Annual report of the Prince of Wales Medical College, Patna
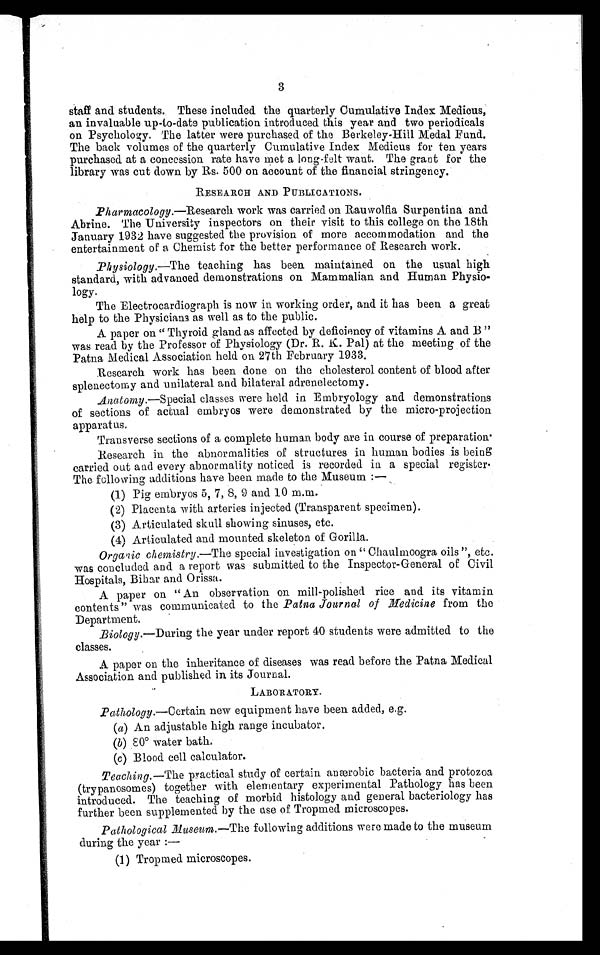
3
staff and students. These included the quarterly Cumulative Index Medicus,
an invaluable up-to-date publication introduced this year and two periodicals
on Psychology. The latter were purchased of the Berkeley-Hill Medal Fund.
The back volumes of the quarterly Cumulative Index Medicus for ten years
purchased at a concession rate have met a long-felt want. The grant for the
library was cut down by Rs. 500 on account of the financial stringency.
RESEARCH AND PUBLICATIONS.
Pharmacology.—Research work was carried on Rauwolfia Surpentina and
Abrine. The University inspectors on their visit to this college on the 18th
January 1932 have suggested the provision of more accommodation and the
entertainment of a Chemist for the better performance of Research work.
Physiology.—The teaching has been. maintained on the usual high
standard, with advanced demonstrations on Mammalian and Human Physio-
logy.
The Electrocardiograph is now in working order, and it has been a great
help to the Physicians as well as to the public.
A paper on “ Thyroid gland as affected by deficiency of vitamins A and B ”
was read by the Professor of Physiology (Dr. R. K. Pal) at the meeting of the
Patna Medical Association held on 27th February 1933.
Research work has been done on the cholesterol content of blood after
splenectomy and unilateral and bilateral adrenelectomy.
Anatomy. —Special classes were held in Embryology and demonstrations
of sections of actual embryos were demonstrated by the micro-projection
apparatus.
Transverse sections of a complete human body are in course of preparation
Research in the abnormalities of structures in human bodies is being
carried out and every abnormality noticed is recorded in a special register.
The following additions have been made to the Museum:—
(1) Pig embryos 5, 7, 8, 9 and 10 m.m.
(2) Placenta with arteries injected (Transparent specimen).
(3) Articulated skull showing sinuses, etc.
(4) Articulated and mounted skeleton of Gorilla.
Organic chemistry.—The special investigation on “ Chaulmoogra oils ”, etc.
was concluded and a report was submitted to the Inspector-General of Civil
Hospitals, Bihar and Orissa.
A paper on “ An observation on mill-polished rice and its vitamin
contents” was communicated to the Patna Journal of Medicine from the
Department.
Biology.—During the year under report 40 students were admitted to the
classes.
A paper on the inheritance of diseases was read before the Patna Medical
Association and published in its Journal.
LABORATORY.
Pathology.— Certain new equipment have been added, e.g.
(a) An adjustable high range incubator.
(b) 80° water bath.
(c) Blood cell calculator.
Teaching.—The practical study of certain anærobic bacteria and protozoa
(trypanosomes) together with elementary experimental Pathology has been
introduced. The teaching of morbid histology and general bacteriology has
further been supplemented by the use of Tropmed microscopes.
Pathological Museum.— The following additions were made to the museum
during the year :
—
(1) Tropmed. microscopes.